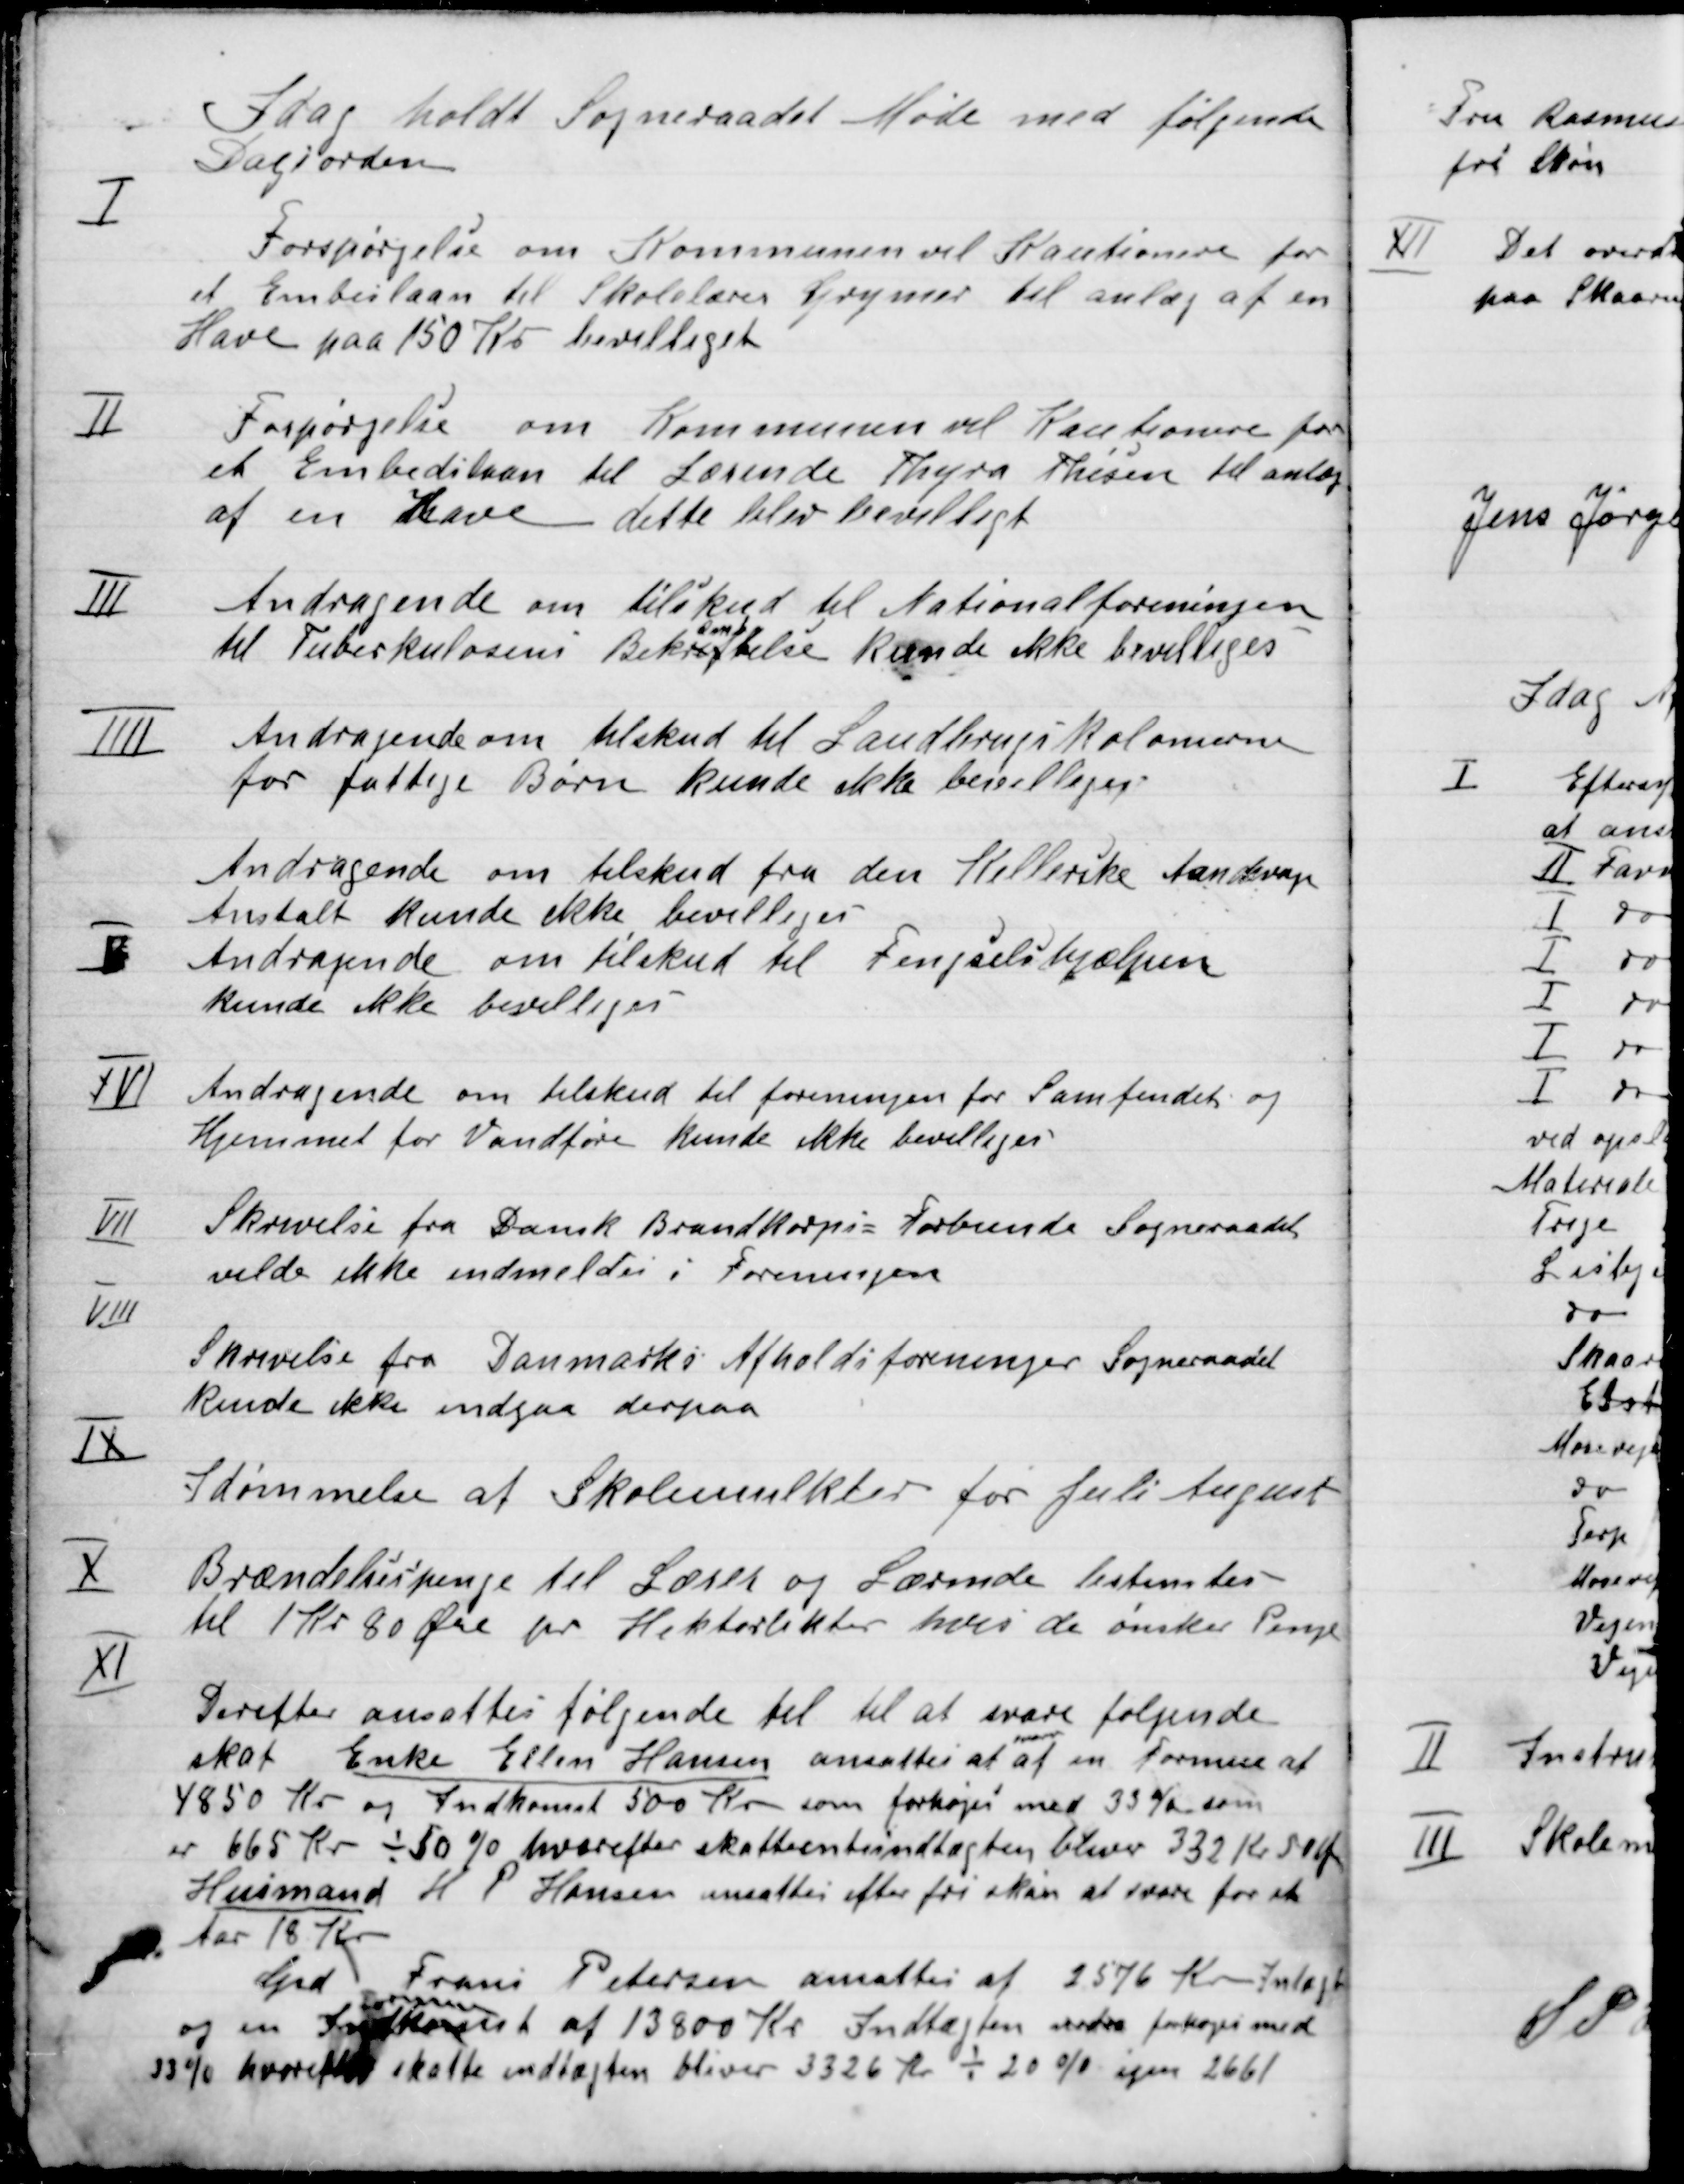
Transskription:
I dag holdt Sogneraadet Møde med følgende
Dagsorden

I

Forespørgsel om Kommunen vil Kautionere for
et Embedslaan til Skolelærer Grymer til anlæg
af en Have paa 150 Kr. bevilliget.

II

Forespørgsel om Kommunen vil Kautionere for
et Embedslaan til Lærerinde Thyra Hansen til anlæg
af en Have, dette blev bevilliget.

III

Andragende om tilskud til Nationalforeningen
til Tuberkulosens beskæftigelse kunde ikke bevilges

IIII

Andragende om tilskud til Landbrugskolonien
for fattige Børn kunde ikke bevilges.

V

Andragende om tilskud fra den Hellenske Aansvage
Anstalt  kunde ikke bevilges
Andragende om tilskud til Fengselshjælpen
kunde ikke bevilges

IVI

Andragende om tilskud til foreningen for Samfundets og
Hjemmet for Vandføre kunde ikke bevilges.

VII

Skrivelse fra Dansk Brandkorps = forbunds Sogneraadet
ville ikke indmeldes i foreningen.

VIII

Skrivelse fra Danmarks Afholdsforeninger Sogneraadet
kunde ikke indgaa derpaa

IX

Idømmelse af Skolemulkter for Juli August

X

Brændelsespenge til Lærer og Lærerinde bestemtes
til 1 Kr. 80 Øre pr Hektoliter hvis de ønsker Penge

XI

Derefter ansattes følgende til at svare følgende
Skat Enke Ellen Hansen ansattes at svare af en Formue af
4850 Kr. og Indkomst 500 Kr. som forhøjes med 33 Kr. som
er 665 Kr – 50 % hvorefter skatteindtægten bliver 332 Kr. 50 Øre
Husmand H. P. Hansen ansattes efter fri skøn at svare for et
Aar 18 Kr.
Grd. Frands Petersen ansattes af 2576 Kr. Indtægt
og en Indkomst
Formue
af 13800 Kr. Indtægten svare forhøjes med
33 % hvorefter skatte indtægten bliver 3326 Kr. – 20 % igen 2661